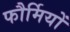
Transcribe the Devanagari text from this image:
फौर्मियों